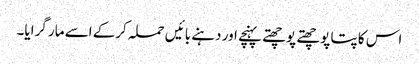
اس کا پتا پوچھتے پوچھتے پہنچے اور دہنے بائیں حملہ کرکے اسے مار گرایا۔